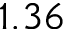
1 . 3 6